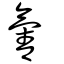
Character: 氰